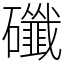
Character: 䃸